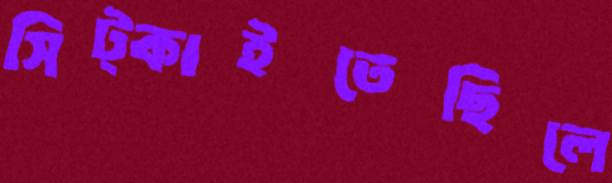
সিট্‌কাইতেছিলে